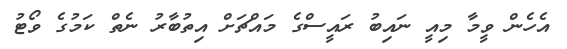
އެހެން ވީމާ މިއީ ނައިބު ރައީސްގެ މައްޗަށް އިތުބާރު ނެތް ކަމުގެ ވޯޓު